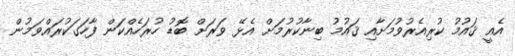
އެއީ ޤައުމު ކުރިއެރުވުމަށާއި ޤައުމު ބިނާކުރުމަށް އެޅޭ ވަރަށް ބޮޑު ހުރަހެއްކަން ފާހަގަކުރައްވަމުން